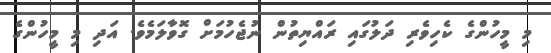
މި މީހުންގެ ކެހިވެރި ދަލުގައި ރައްޔިތުން ނުޖެހުމަށް ގޮވާލަމެވެ. އަދި މި މީހުންގެ